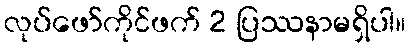
လုပ်ဖော်ကိုင်ဖက် 2 ပြဿနာမရှိပါ။